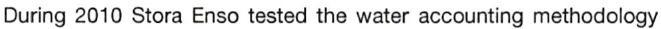
During 2010 Stora Enso tested the water accounting methodology